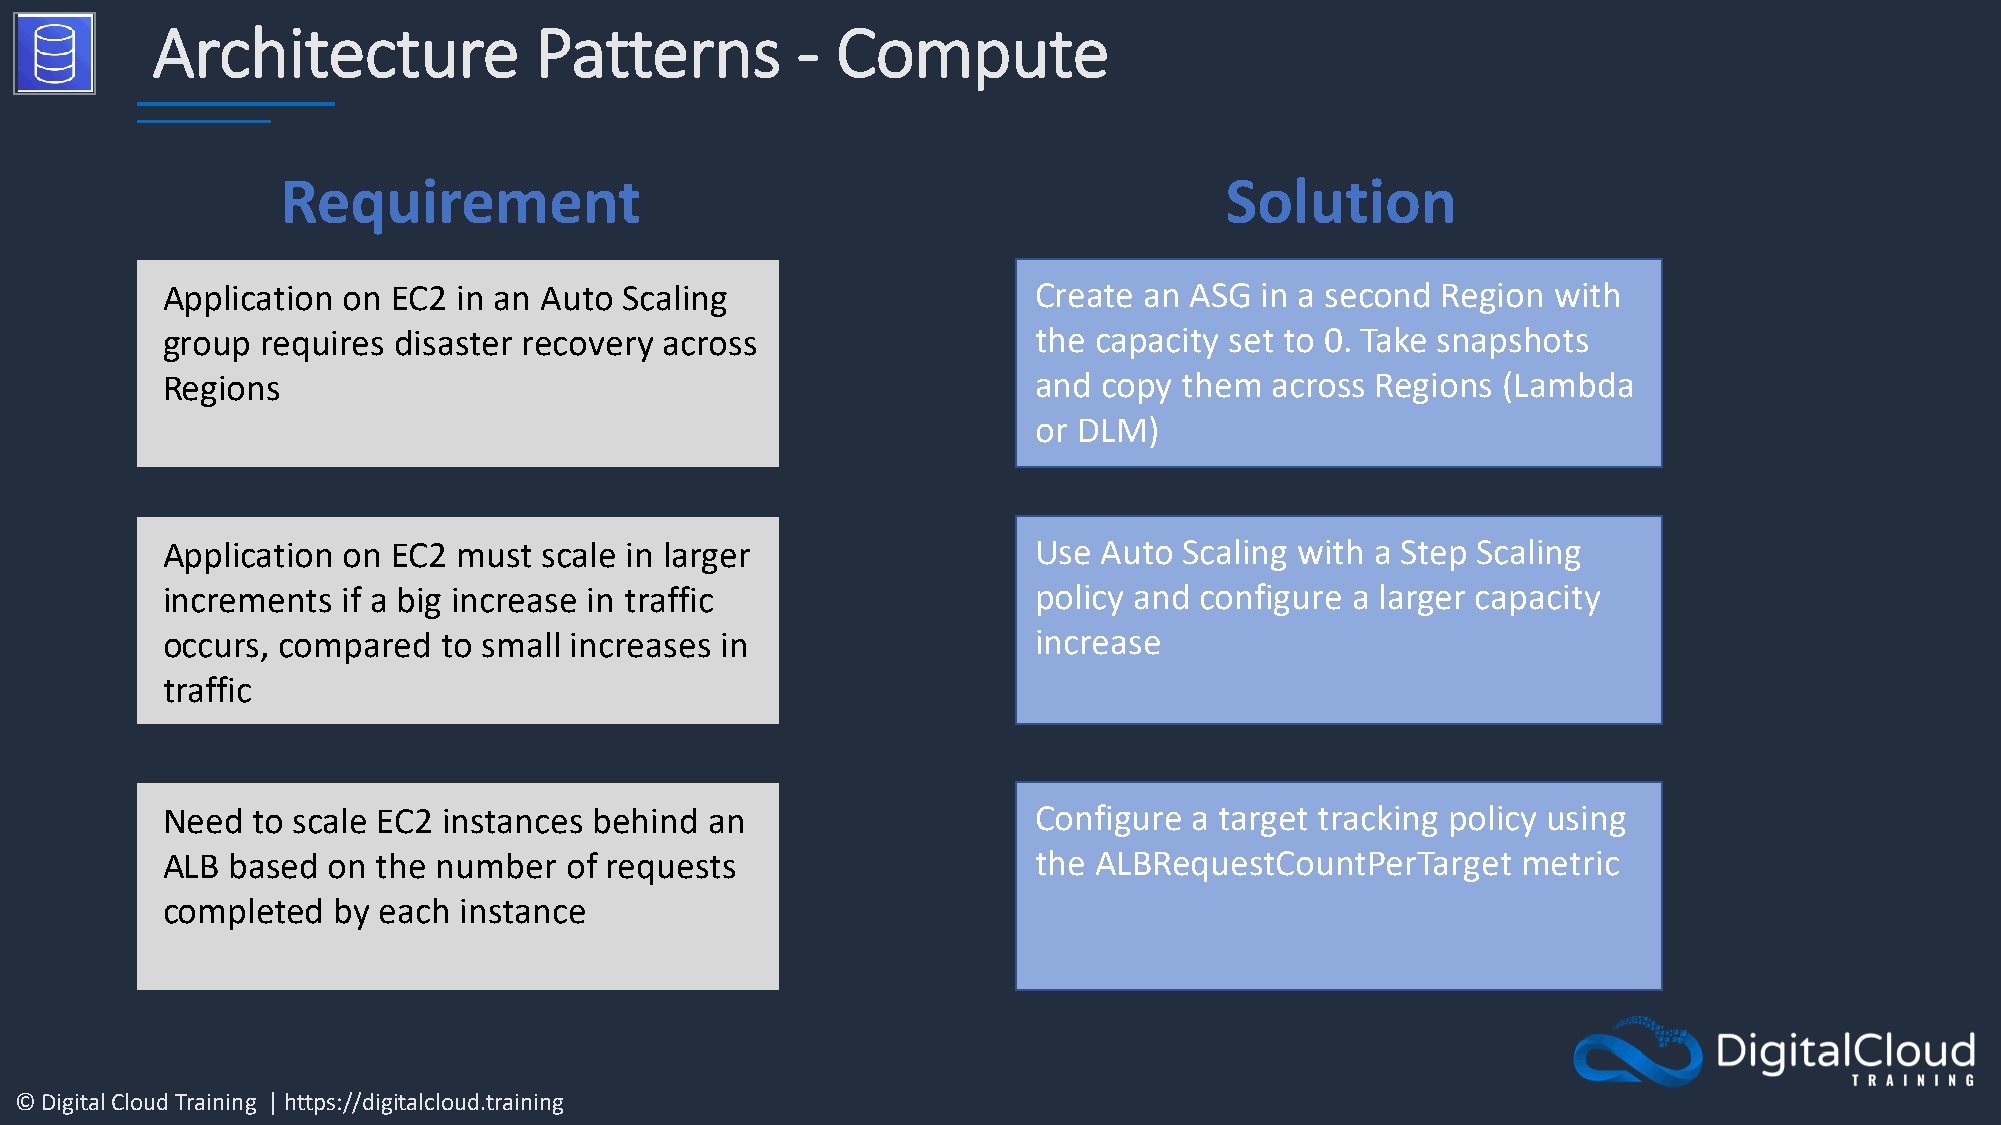
Architecture             Patterns          - Compute
 Requirement                                                   Solution
 Application on EC2 in an Auto Scaling                     Create an ASG in a second Region  with
 group requires disaster recovery across                   the capacity set to 0. Take snapshots
 Regions                                                   and copy them  across Regions (Lambda
 or DLM)
 Application on EC2 must  scale in larger                  Use Auto Scaling with a Step Scaling
 increments  if a big increase in traffic                  policy and configure a larger capacity
 occurs, compared  to small increases in                   increase
 traffic
 Need  to scale EC2 instances behind an                    Configure a target tracking policy using
 ALB based  on the number  of requests                     the ALBRequestCountPerTarget    metric
 completed  by each instance
 © Digital Cloud Training | https://digitalcloud.training